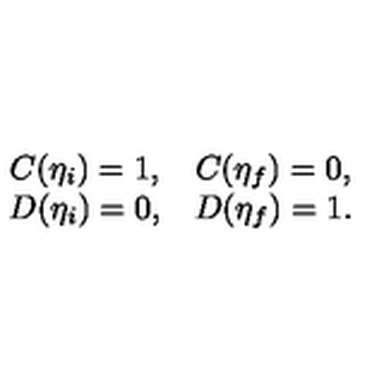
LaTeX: \begin{array} { c c } { C ( \eta _ { i } ) = 1 , } & { C ( \eta _ { f } ) = 0 , \nonumber } \\ { D ( \eta _ { i } ) = 0 , } & { D ( \eta _ { f } ) = 1 . } \\ \end{array}